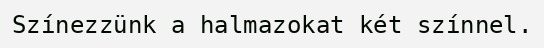
Színezzünk a halmazokat két színnel.